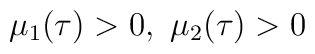
\mu_1(\tau)>0,~ \mu_2(\tau)>0